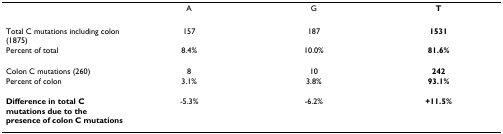
|  | A | G | T |
 | --- | --- | --- | --- |
 | Total C mutations including colon (1875) | 157 | 187 | 1531 |
 | Percent of total | 8.4% | 10.0% | 81.6% |
 | Colon C mutations (260) | 8 | 10 | 242 |
 | Percent of colon | 3.1% | 3.8% | 93.1% |
 | Difference in total C mutations due to the presence of colon C mutations | -5.3% | -6.2% | +11.5% |